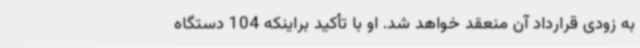
به زودی قرارداد آن منعقد خواهد شد. او با تأکید براینکه 104 دستگاه